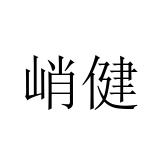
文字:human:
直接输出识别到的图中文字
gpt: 峭健